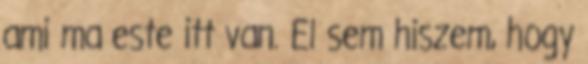
ami ma este itt van. El sem hiszem, hogy